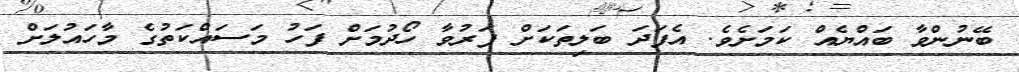
ބޭނުންވާ ބައްޔެއް ކަމަށެވެ. އެފަދަ ބަލިތަކަށް ފަރުވާ ހޯދުމަށް ފަހު މަސައްކަތުގެ މާހައުލަށް